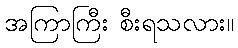
အကြာကြီး စီးရသလား။